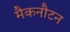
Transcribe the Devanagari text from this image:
मैकनौटन